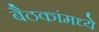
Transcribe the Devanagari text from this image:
बैठकांमध्ये